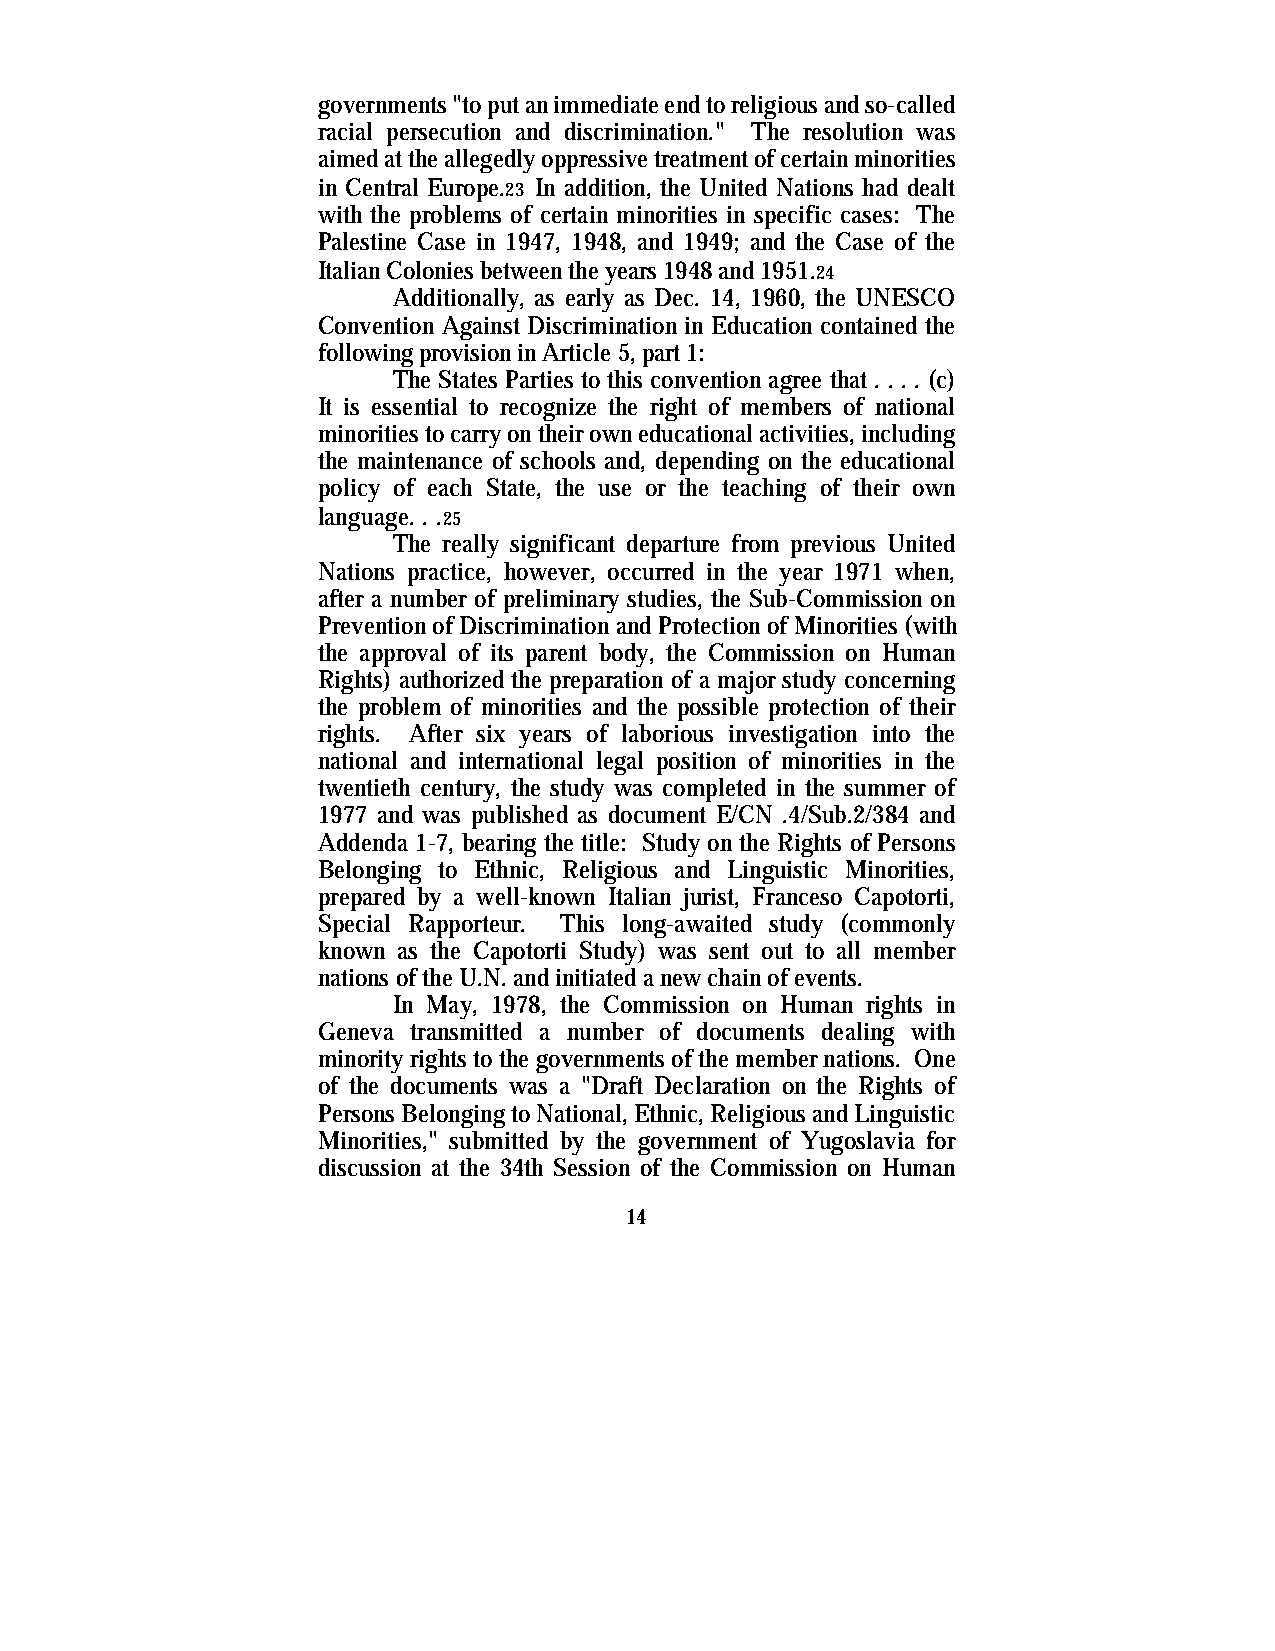
governments "to put an immediate end to religious and so-called
 racial persecution and discrimination." The resolution was
 aimed at the allegedly oppressive treatment of certain minorities
 in Central Europe.23 In addition, the United Nations had dealt
 with the problems of certain minorities in specific cases: The
 Palestine Case in 1947, 1948, and 1949; and the Case of the
 Italian Colonies between the years 1948 and 1951.24
 Additionally, as early as Dec. 14, 1960, the UNESCO
 Convention Against Discrimination in Education contained the
 following provision in Article 5, part 1:
 The States Parties to this convention agree that . . . . (c)
 It is essential to recognize the right of members of national
 minorities to carry on their own educational activities, including
 the maintenance of schools and, depending on the educational
 policy of each State, the use or the teaching of their own
 language. . .25
 The really significant departure from previous United
 Nations practice, however, occurred in the year 1971 when,
 after a number of preliminary studies, the Sub-Commission on
 Prevention of Discrimination and Protection of Minorities (with
 the approval of its parent body, the Commission on Human
 Rights) authorized the preparation of a major study concerning
 the problem of minorities and the possible protection of their
 rights. After six years of laborious investigation into the
 national and international legal position of minorities in the
 twentieth century, the study was completed in the summer of
 1977 and was published as document E/CN .4/Sub.2/384 and
 Addenda 1-7, bearing the title: Study on the Rights of Persons
 Belonging to Ethnic, Religious and Linguistic Minorities,
 prepared by a well-known Italian jurist, Franceso Capotorti,
 Special Rapporteur. This long-awaited study (commonly
 known as the Capotorti Study) was sent out to all member
 nations of the U.N. and initiated a new chain of events.
 In May, 1978, the Commission on Human rights in
 Geneva transmitted a number of documents dealing with
 minority rights to the governments of the member nations. One
 of the documents was a "Draft Declaration on the Rights of
 Persons Belonging to National, Ethnic, Religious and Linguistic
 Minorities," submitted by the government of Yugoslavia for
 discussion at the 34th Session of the Commission on Human
 14